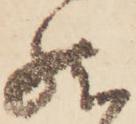
然